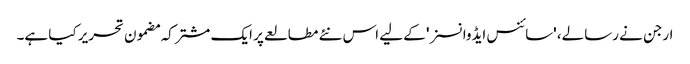
ارجن نے رسالے، 'سائنس ایڈوانسز' کے لیے اس نئے مطالعے پر ایک مشترکہ مضمون تحریر کیا ہے۔